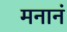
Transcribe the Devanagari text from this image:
मनानं